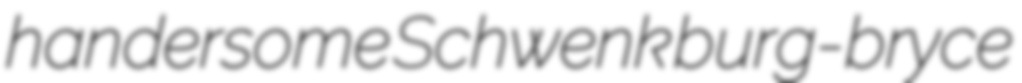
handersome Schwenk burg-bryce